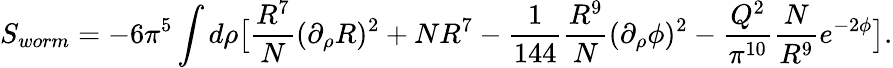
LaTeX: S_{worm}=-6\pi^{5}\int d\rho\big[{\frac{R^{7}}{N}}(\partial_{\rho}R)^{2}+NR^{7}-{\frac{1}{144}}{\frac{R^{9}}{N}}(\partial_{\rho}\phi)^{2}-{\frac{Q^{2}}{\pi^{10}}}{\frac{N}{R^{9}}}e^{-2\phi}\big].